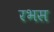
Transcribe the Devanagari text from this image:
रभस